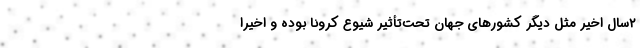
۲سال اخیر مثل دیگر کشورهای جهان تحت‌تأثیر شیوع کرونا بوده و اخیرا